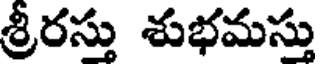
శ్రీరస్తు శుభమస్తు